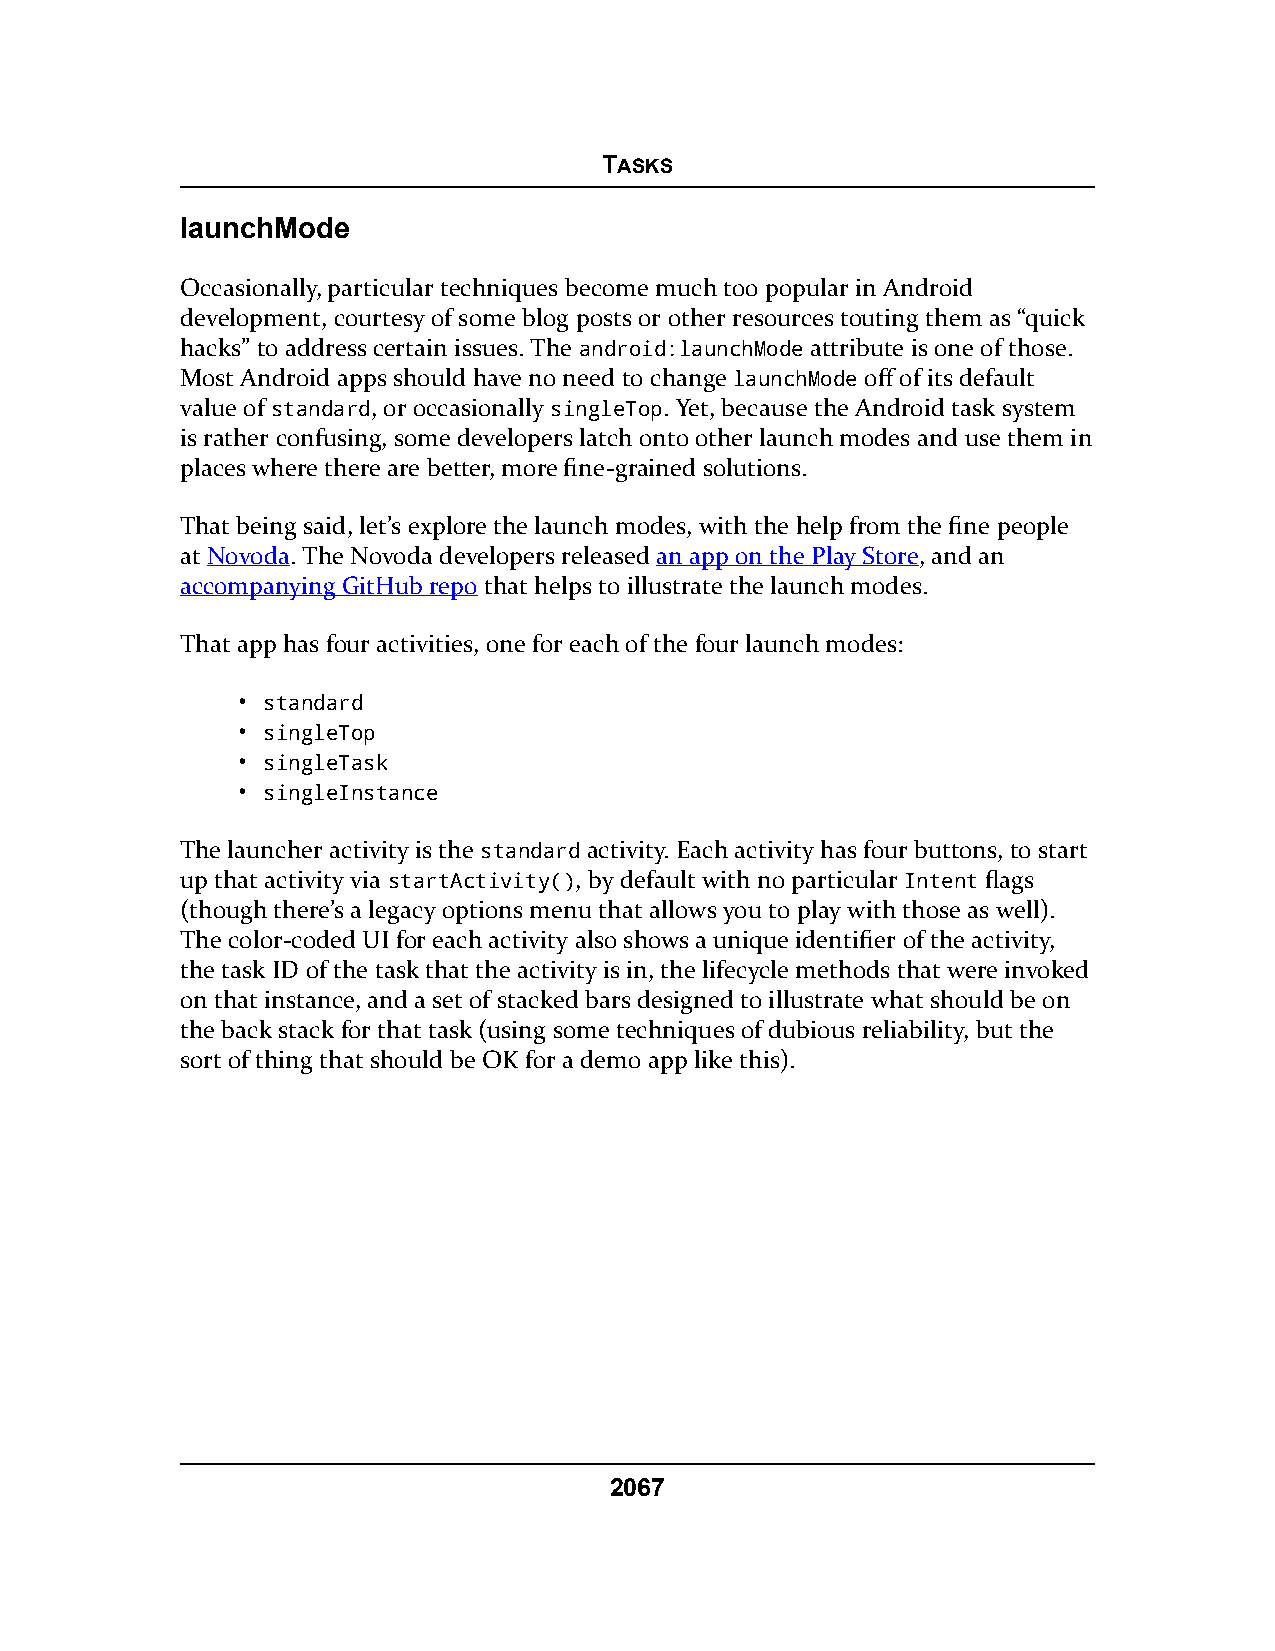
TASKS
 launchMode
 Occasionally, particular techniques become much too popular in Android
 development, courtesy of some blog posts or other resources touting them as “quick
 hacks” to address certain issues. The android:launchMode attribute is one of those.
 Most Android apps should have no need to change launchMode off of its default
 value of standard, or occasionally singleTop. Yet, because the Android task system
 is rather confusing, some developers latch onto other launch modes and use them in
 places where there are better, more fine-grained solutions.
 That being said, let’s explore the launch modes, with the help from the fine people
 at Novoda. The Novoda developers released an app on the Play Store, and an
 accompanying GitHub repo that helps to illustrate the launch modes.
 That app has four activities, one for each of the four launch modes:
 • standard
 • singleTop
 • singleTask
 • singleInstance
 The launcher activity is the standard activity. Each activity has four buttons, to start
 up that activity via startActivity(), by default with no particular Intent flags
 (though there’s a legacy options menu that allows you to play with those as well).
 The color-coded UI for each activity also shows a unique identifier of the activity,
 the task ID of the task that the activity is in, the lifecycle methods that were invoked
 on that instance, and a set of stacked bars designed to illustrate what should be on
 the back stack for that task (using some techniques of dubious reliability, but the
 sort of thing that should be OK for a demo app like this).
 2067